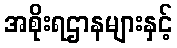
အစိုးရဌာနများနှင့်